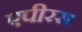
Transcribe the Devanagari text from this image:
एपीरस